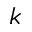
k